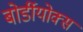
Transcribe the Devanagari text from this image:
बोर्डीयोक्स